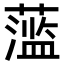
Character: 𬞫